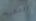
التجربه